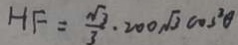
H F = \frac { \sqrt { 3 } } { 3 } \cdot 2 0 0 \sqrt { 3 } \cos ^ { 3 } \theta